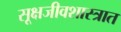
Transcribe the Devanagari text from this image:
सूक्षजीवशास्त्रात